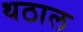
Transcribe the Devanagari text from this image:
थठाल